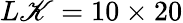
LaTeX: L\mathscr{K}=10\times20